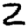
Digit: 2